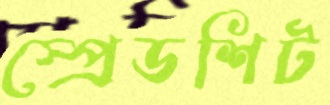
স্প্রেডশিট